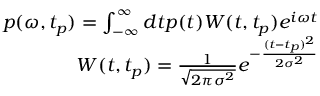
\begin{array} { r } { p ( \omega , t _ { p } ) = \int _ { - \infty } ^ { \infty } d t p ( t ) W ( t , t _ { p } ) e ^ { i \omega t } } \\ { W ( t , t _ { p } ) = \frac { 1 } { \sqrt { 2 \pi \sigma ^ { 2 } } } e ^ { - \frac { ( t - t _ { p } ) ^ { 2 } } { 2 \sigma ^ { 2 } } } } \end{array}